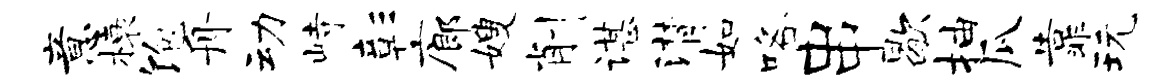
意榱饱舟动峙彰廊嫂削谌潸如咯串歇抽瓜靠玩